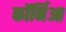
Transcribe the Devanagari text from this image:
कॉर्निआ